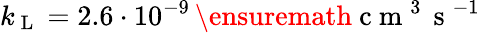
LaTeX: k_{\mathrm{~L~}}=2.6\cdot 10^{-9}\, \ensuremath{\mathrm{~c~m~}^{3}\, \mathrm{~s~}^{-1}}